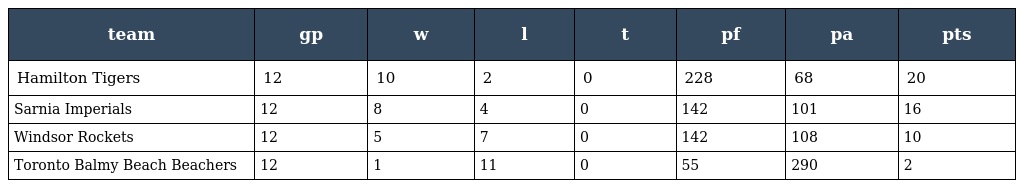
| team | gp | w | l | t | pf | pa | pts |
 | --- | --- | --- | --- | --- | --- | --- | --- |
 | Hamilton Tigers | 12 | 10 | 2 | 0 | 228 | 68 | 20 |
 | Sarnia Imperials | 12 | 8 | 4 | 0 | 142 | 101 | 16 |
 | Windsor Rockets | 12 | 5 | 7 | 0 | 142 | 108 | 10 |
 | Toronto Balmy Beach Beachers | 12 | 1 | 11 | 0 | 55 | 290 | 2 |